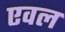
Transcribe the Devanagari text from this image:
एवल